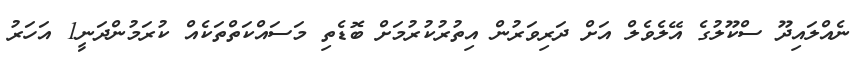
ނެއްލައިދޫ ސްކޫލުގެ އޭލެވެލް އަށް ދަރިވަރުން އިތުރުކުރުމަށް ބޮޑެތި މަސައްކަތްތަކެއް ކުރަމުންދަނީ1 އަހަރު